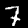
Digit: 7